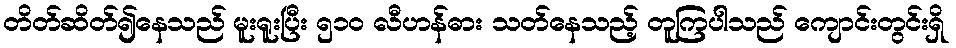
တိတ်ဆိတ်၍နေသည် မူးရူးပြီး ၅၁၀ လီဟန်ဓား သတ်နေသည့် တူကြပါသည် ကျောင်းတွင်းရှိ